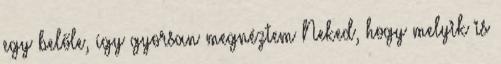
egy belőle, így gyorsan megnéztem Neked, hogy melyik is